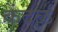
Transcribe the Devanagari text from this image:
केंदळ